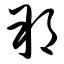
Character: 朔